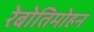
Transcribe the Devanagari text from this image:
रेबोतिमोहन